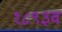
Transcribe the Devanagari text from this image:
१८९३व